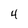
Character: 4